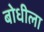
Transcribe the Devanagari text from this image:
बोधीला